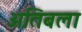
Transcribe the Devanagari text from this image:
अतिबला